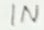
Text: IN